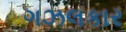
ગઝલકાર